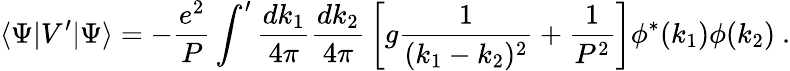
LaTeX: \langle\Psi|V^{\prime}|\Psi\rangle=-{\frac{e^{2}}{P}}\int^{\prime}{\frac{dk_{1}}{4\pi}}{\frac{dk_{2}}{4\pi}}\left[g{\frac{1}{(k_{1}-k_{2})^{2}}}+{\frac{1}{P^{2}}}\right]\phi^{*}(k_{1})\phi(k_{2})\ .